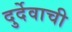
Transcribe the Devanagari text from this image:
दुर्देवाची